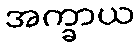
အက္ခာယ